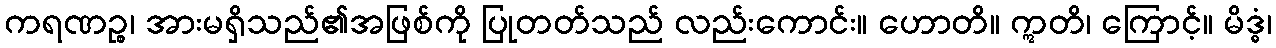
ကရဏဉ္စ၊ အားမရှိသည်၏အဖြစ်ကို ပြုတတ်သည် လည်းကောင်း။ ဟောတိ။ ဣတိ၊ ကြောင့်။ မိဒ္ဓံ၊